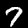
Label: 7